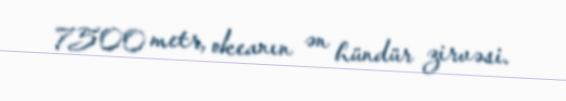
7500 metr, okeanın ən hündür zirvəsi.